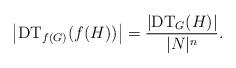
LaTeX: \begin{align*}\big\vert \mathrm{DT}_{f(G)}(f(H))\big\vert = \frac{\vert \mathrm{DT}_G(H)\vert}{\vert N\vert^n}.\end{align*}